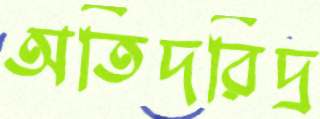
অতিদরিদ্র